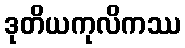
ဒုတိယကုလိကဿ